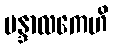
မန္ဒာလကေဟိ